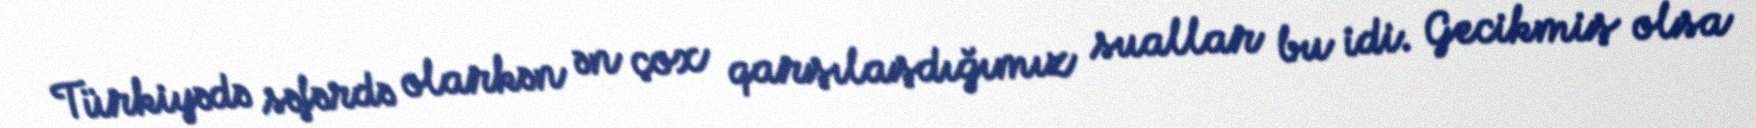
Türkiyədə səfərdə olarkən ən çox qarşılaşdığımız suallar bu idi. Gecikmiş olsa